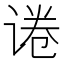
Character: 𬤃